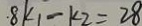
8 k _ { 1 } - k _ { 2 } = 2 8